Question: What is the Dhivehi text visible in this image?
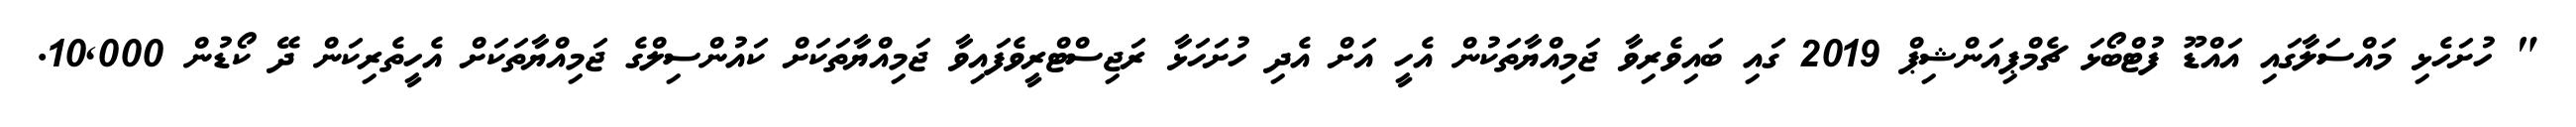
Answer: " ހުށަހެޅި މައްސަލާގައި އައްޑޫ ފުޓްބޯޅަ ޗެމްޕިއަންޝިޕް 2019 ގައި ބައިވެރިވާ ޖަމިއްޔާތަކުން އެހީ އަށް އެދި ހުށަހަޅާ ރަޖިސްޓްރީވެފައިވާ ޖަމިއްޔާތަކަށް ކައުންސިލްގެ ޖަމިއްޔާތަކަށް އެހީތެރިކަން ދޭ ކޯޑުން 10,000.